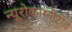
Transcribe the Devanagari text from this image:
न्यूरोकाग्नीटीव